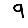
Digit: 9